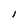
Character: I